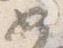
如